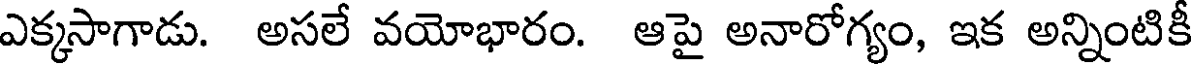
ఎక్కసాగాడు. అసలే వయోభారం. ఆపై అనారోగ్యం, ఇక అన్నింటికీ